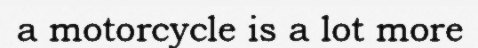
a motorcycle is a lot more